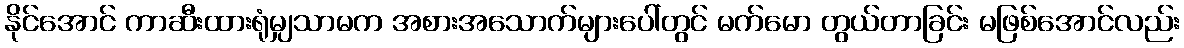
နိုင်အောင် ကာဆီးထားရုံမျှသာမက အစားအသောက်များပေါ်တွင် မက်မော တွယ်တာခြင်း မဖြစ်အောင်လည်း